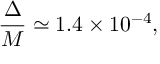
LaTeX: \frac { \Delta } { M } \simeq 1 . 4 \times 1 0 ^ { - 4 } ,